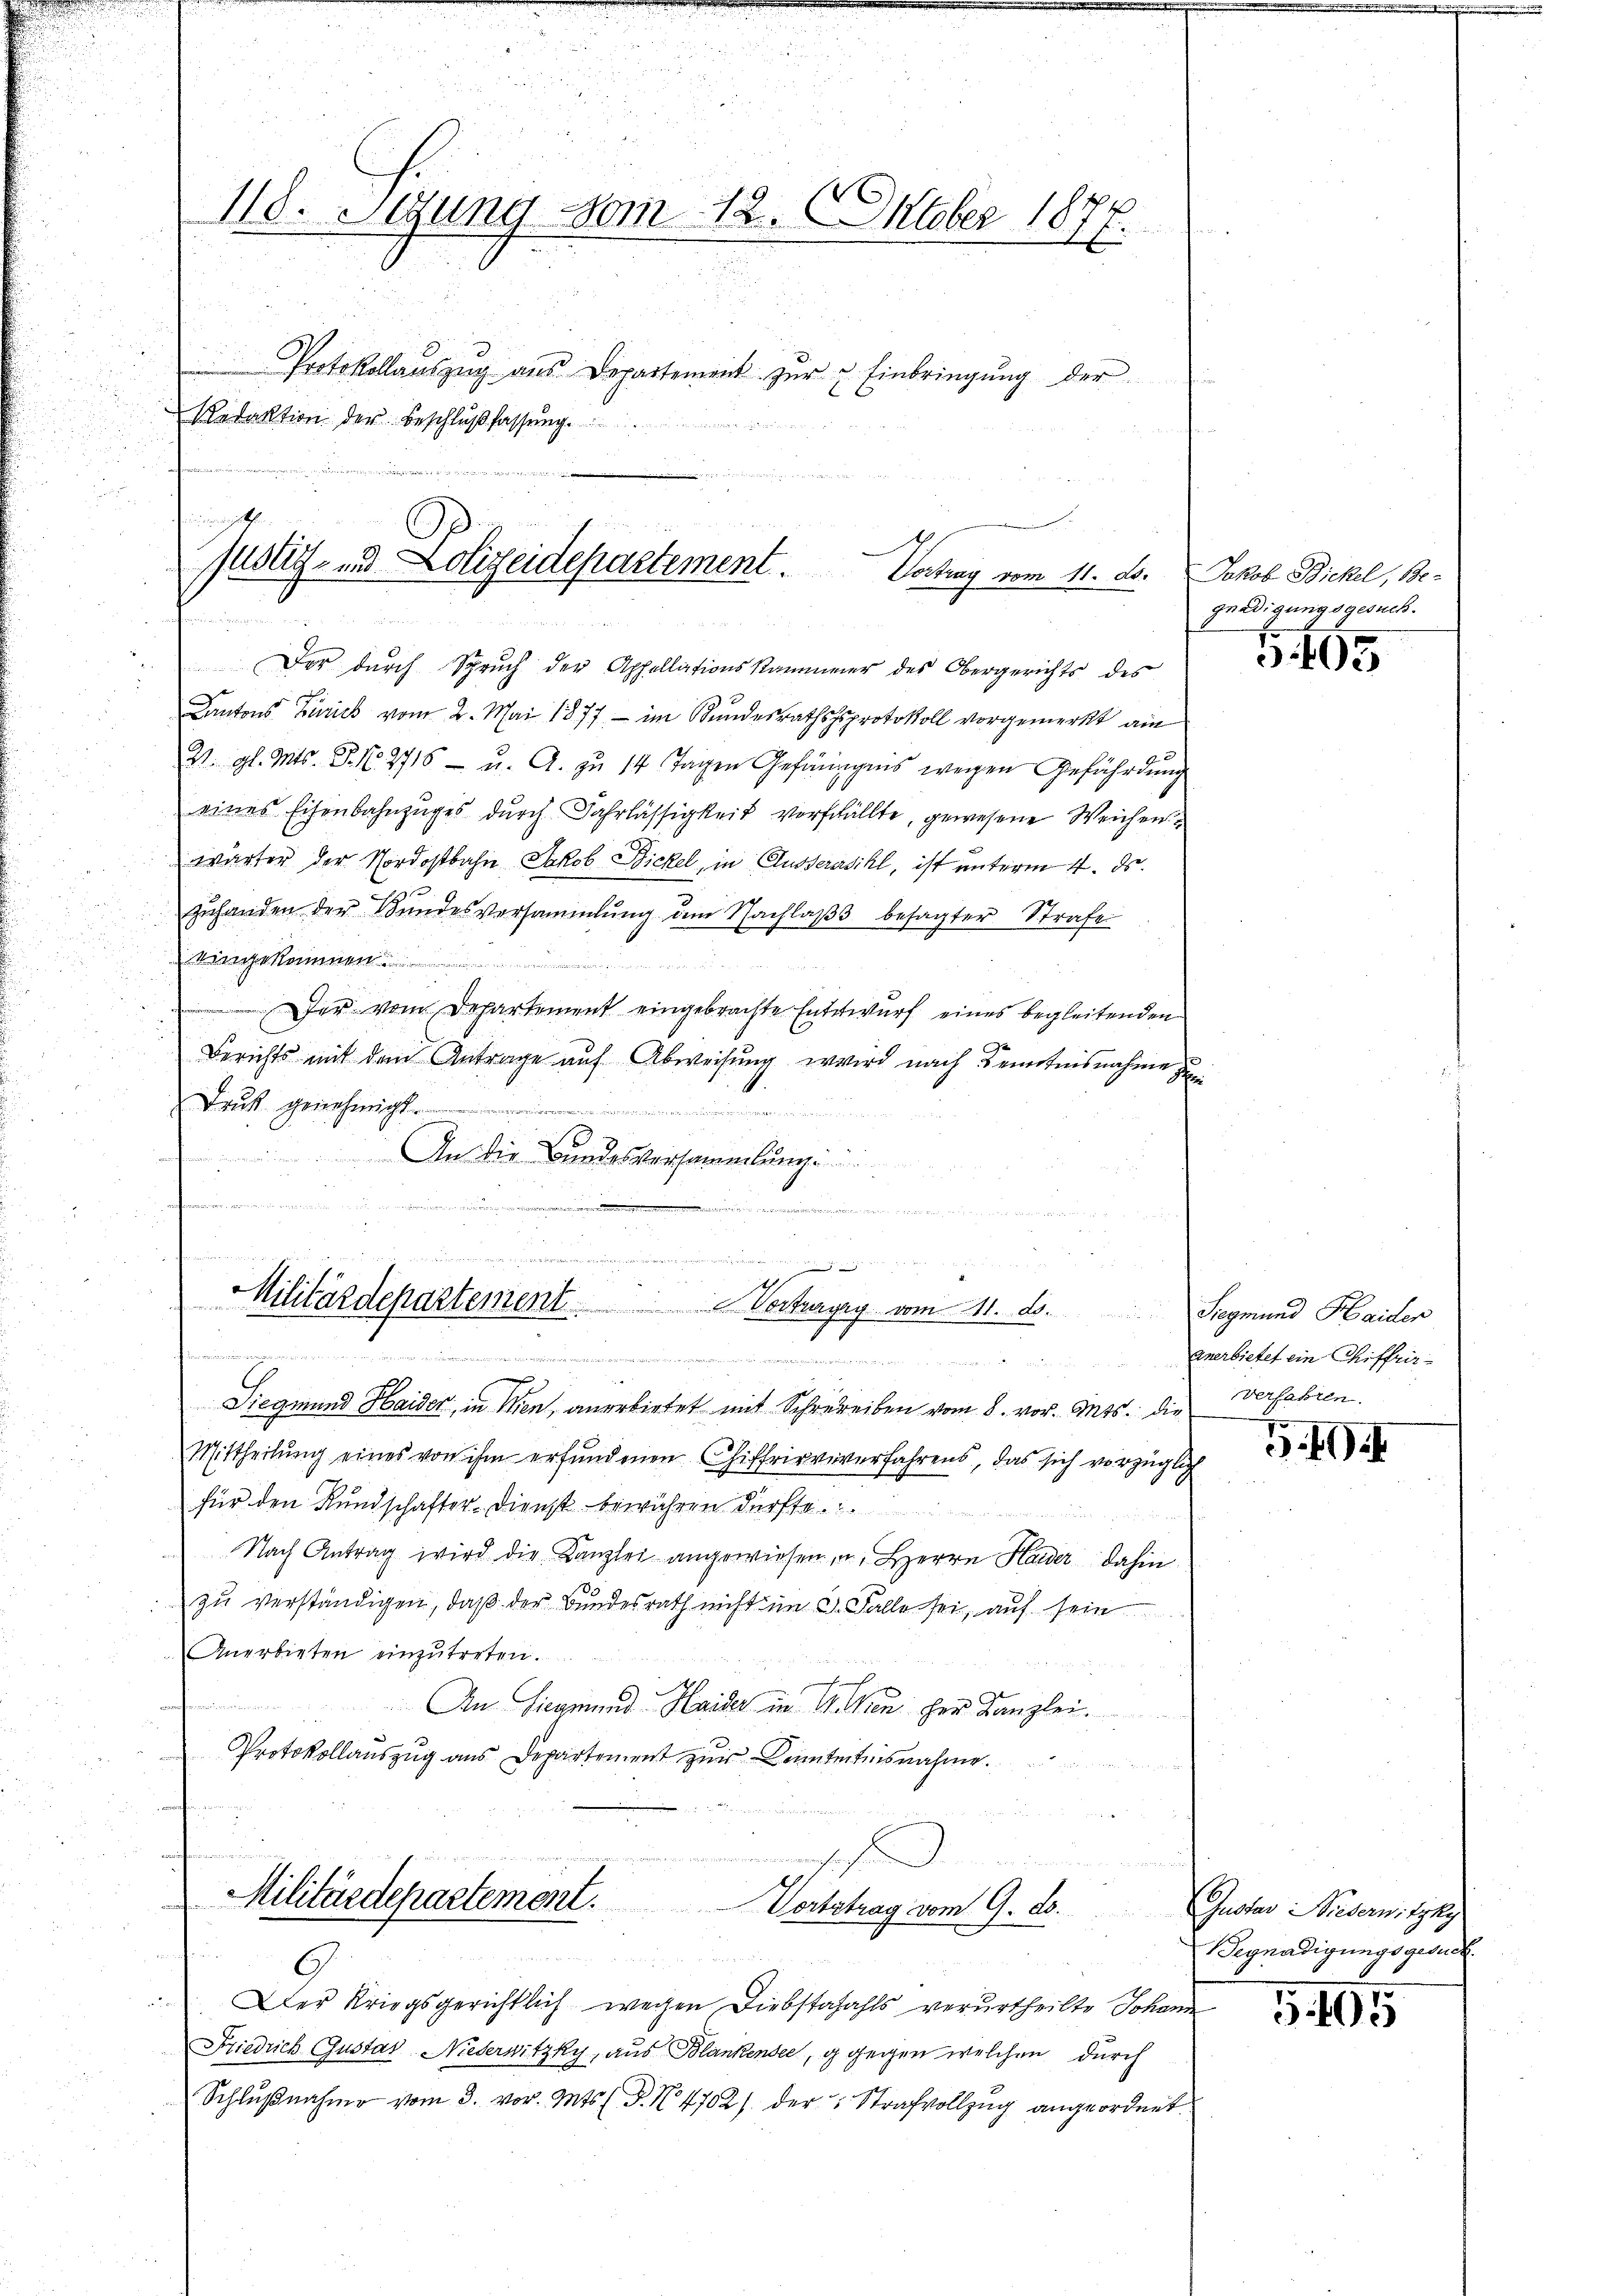
.
118. Segung vom 12. Oktober 1876.
Protokollaŭszŭg aŭs Departement zŭr & Einbringŭng der
Redaktion der Beschlŭβ fassŭng.

inen gethe
justiz- u Lolizeidepartement. Vortrag vom 11. ds.

Der dŭrch Sprŭch der Appellationskammener des Obergerichts des
Cantons Zürich vom 2. Mai 1877 - im Kŭndesrathsprotokoll vorgemerkt am
2. gl. Mts. S. N. 2716 - u. A. zu 14 Tagen Gefängnis wegen Gefährdung
eines Eisenbahnzuges durch Fahrlässigkeit verfchällte, gewesene Weichen
wärter der Nordostbahn Jakob Bickel, in Aussersihl, ist unterm 4. ds.
Zuhanden der Bundesversammlung dem Nachlaβ besagter Strafe
eingekommen
Der vom Departement eingebrachte Entwurf eines begleitenden
Berichts mit dem Antrage auf Abweisung wird nach Kenntnisnahme zu
Druk genehmigt.

An die Bundesversammlung
e
euerungen ein

s
.
 ..  ..  ..

Militärdepartement. Vertrages vom 11. ds.
 nennen
............  ..  ..

u
u
Siegmund Haider, in Wien, anerbietet mit Schreiben vom 8. vor. Mts. die Verfahren.
Mittheilŭng eines von ihm erfŭndenen Chiffrirviverfahrens, das sich vorzüglich
für den Kundschafter-Dienst bewähren dürfte.
Nach Antrag wird die Kanzlei angewiesen u. Herrn Haider dahin
zu verständigen, daß der Bundesrath nicht im C. Falle sei, auf sein
Anerbieten einzŭtreten.
tennen
An Siegmund Haide in G. Von Herr Kanzlei.
Protokollauszug aus Departement zur Kenntnntnisnahme.
e
Militärdepartement. Wortstrag vom 9. ds. Gustav Niedernityky

.

Der Kriegsgerichtlich wegen Diebstafahls verurtheilte Johann
Friedrich Gustav Niederwitzky, aus Blankender, g gegen welchen durch
Schlŭβnahme vom 3. vor. Mts. S. N. 4702) der Strafvollzŭg angeordnet.

Jakob Bickel, Be-
gnadigungsgesuch.

G 99

Siegmund Haider
anerbietet ein Chiffrir¬

.49

Begnadigungsgesuch.

G. 195